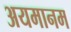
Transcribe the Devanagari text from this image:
अयमानम